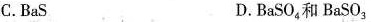
C.BaS D.BaSO_{4}和BaSO_{3}